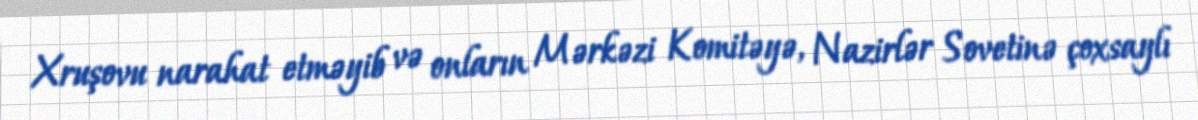
Xruşovu narahat etməyib və onların Mərkəzi Komitəyə, Nazirlər Sovetinə çoxsaylı